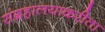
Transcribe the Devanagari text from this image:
संग्रहालयाकरीता